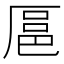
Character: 𫨓